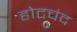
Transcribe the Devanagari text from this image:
होटचंद